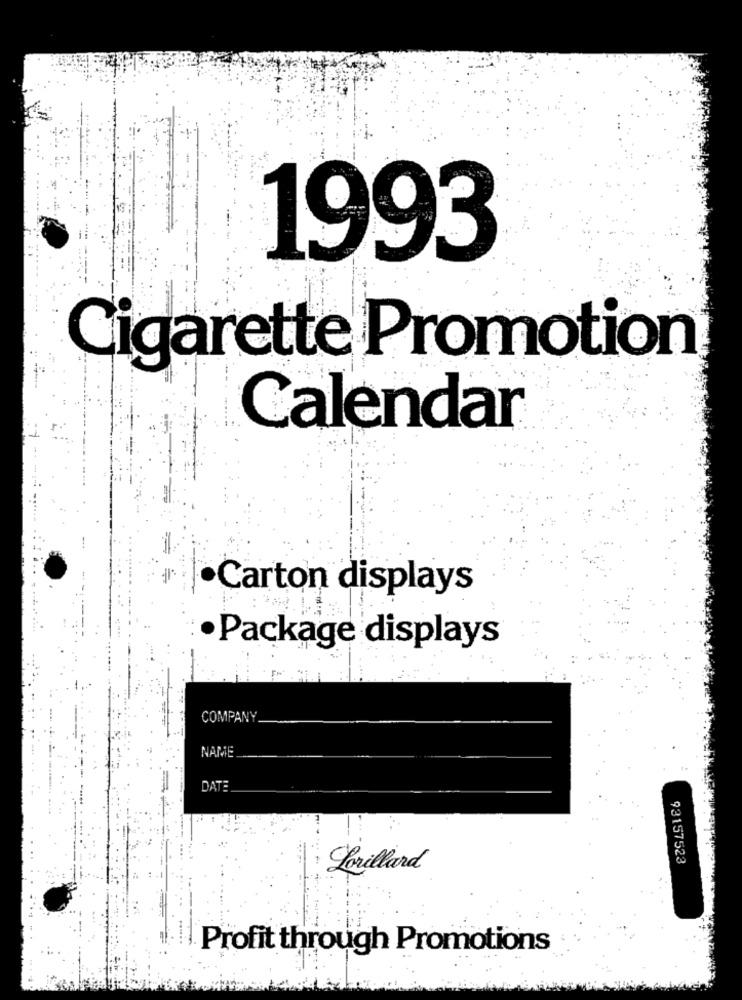
1993
Cigarette Promotion
Calendar
·Carton displays
· Package displays
COMPANY
NAME
DATE
93157523
Lorillard
Profit through Promotions